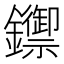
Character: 𨯣